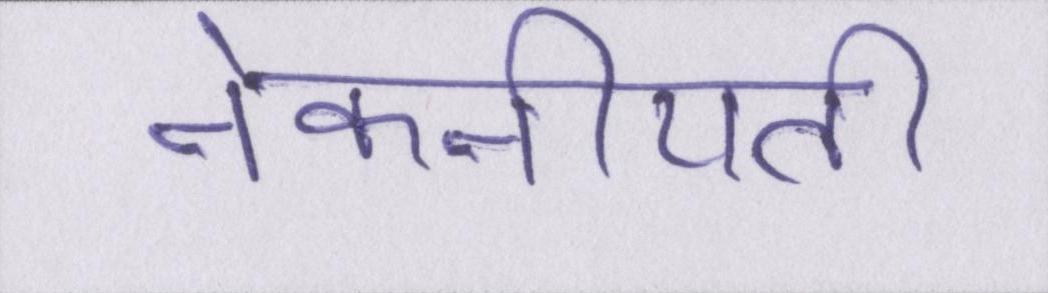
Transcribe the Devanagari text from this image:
नेकनीयती